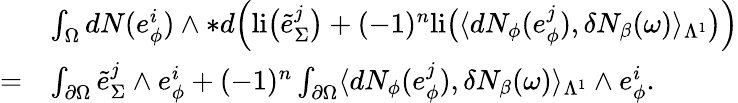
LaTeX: \begin{array}{rl}&{\int_{\Omega}dN(e_{\phi}^{i})\wedge\ast d\Big(\mathrm{li}\big(\tilde{e}_{\Sigma}^{j}\big)+(-1)^{n}\mathrm{li}\big(\langle dN_{\phi}(e_{\phi}^{j}),\delta N_{\beta}(\omega)\rangle_{\Lambda^{1}}\big)\Big)}\\ {=}&{\int_{\partial\Omega}\tilde{e}_{\Sigma}^{j}\wedge e_{\phi}^{i}+(-1)^{n}\int_{\partial\Omega}\langle dN_{\phi}(e_{\phi}^{j}),\delta N_{\beta}(\omega)\rangle_{\Lambda^{1}}\wedge e_{\phi}^{i}.}\end{array}